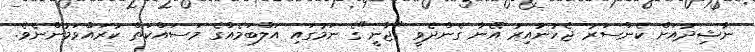
ނާޝިދުއަށް ކެންސަރު ޖެހުނުއިރު އޭނާ ގެންދެވީ "ޖާނީ"ގެ ނަމުގައި އަލްބަމެއްގެ މަސައްކަތް ކުރައްވަމުންނެވެ.